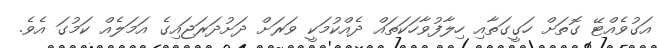
އަގުވެއްޓޭ ގޮތަށް ހަގީގަތާއި ހިލާފުވާހަކަތައް ދެއްކުމަކީ ވަރަށް ދަށުދަރަޖައިގެ އަމަލެއް ކަމުގަ އެވެ.